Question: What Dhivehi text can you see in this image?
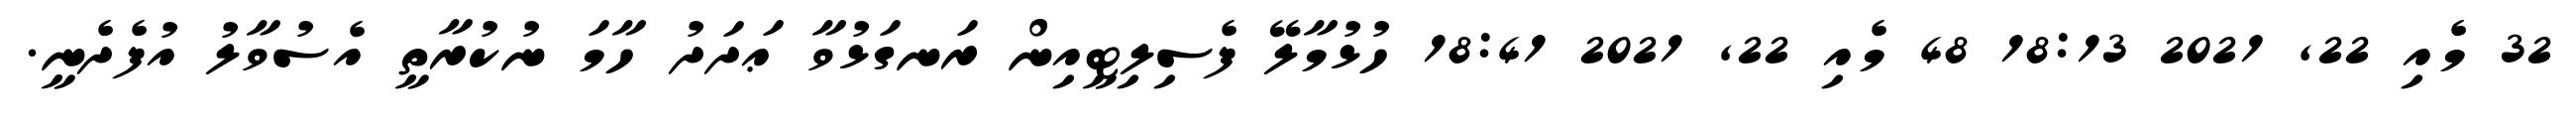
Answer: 32 މެއި 22, 2021 18:13 48 މެއި 22, 2021 18:41 ހުޅުމާލޭ ފެސިލިޓީއިން ރަނގަޅުވާ ޢަދަދު ހާމަ ނުކުރާތީ އެސުވާލު އުފެދެނީ.